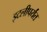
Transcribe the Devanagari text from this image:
इटलीपर्यंत